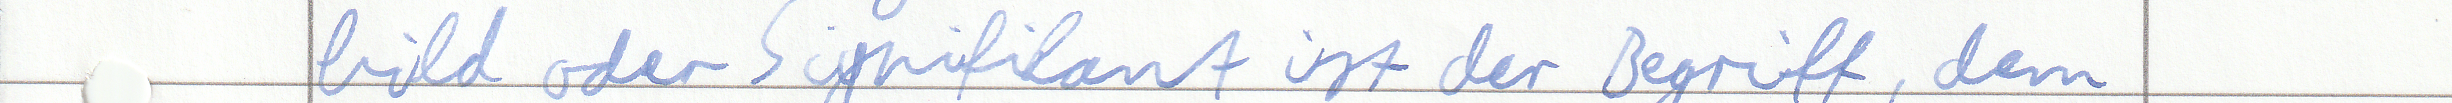
bild oder Signifikant ist der Begriff, dem